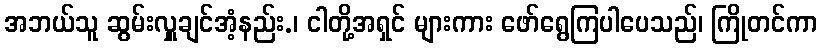
အဘယ်သူ ဆွမ်းလှူချင်အံ့နည်း.၊ ငါတို့အရှင် များကား ဖော်ရွေကြပါပေသည်၊ ကြိုတင်ကာ